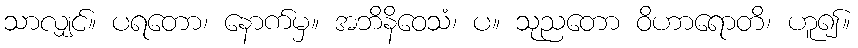
သာလျှင်။ ပရတော၊ နောက်မှ။ အဘိနိဝေသံ၊ ပ။ သုညတော ဝိဟာရောတိ၊ ဟူ၍။